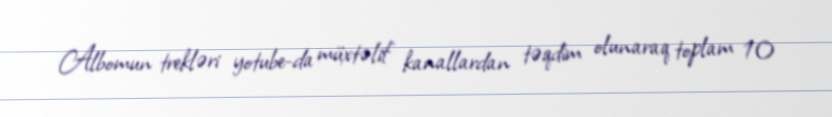
Albomun trekləri yotube-da müxtəlif kanallardan təqdim olunaraq toplam 10